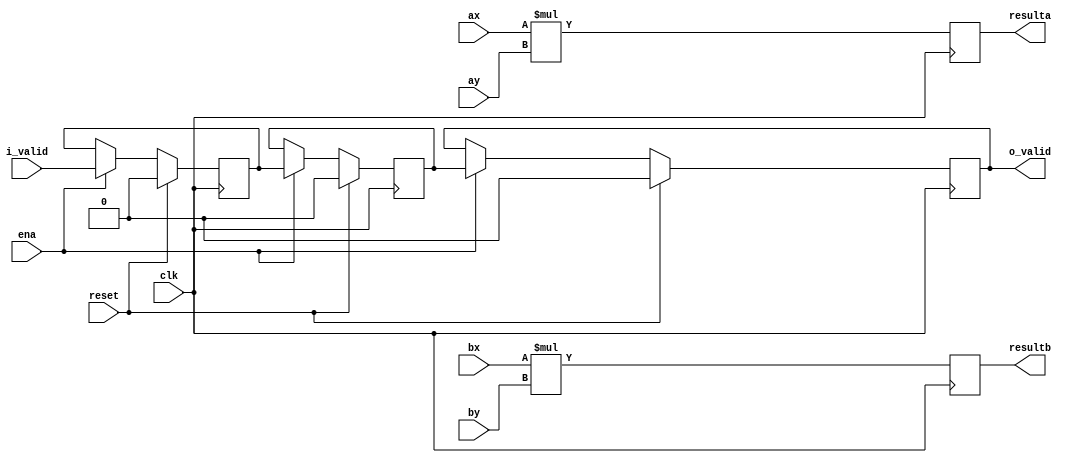
`define SIMULATION_MEMORY

module dsp_signed_mult_18x18_unit_18_36_0 (
	input clk,
	input reset,
	input ena,
	input i_valid,
	input [17:0] ax,
	input [17:0] ay,
	input [17:0] bx,
	input [17:0] by,
	output o_valid,
	output [35:0] resulta,
	output [35:0] resultb 
);

reg [35:0] reg_resa, reg_resb;
always @(posedge clk) begin
	reg_resa <= ax * ay;
	reg_resb <= bx * by;
end
assign resulta = reg_resa;
assign resultb = reg_resb;
reg input_valid, result_valid, output_valid;
always @ (posedge clk) begin
	if (reset) begin
		output_valid <= 1'b0;
		input_valid <= 1'b0;
		result_valid <= 1'b0;
	end else if (ena) begin
		input_valid <= i_valid;
		result_valid <= input_valid;
		output_valid <= result_valid;
	end
end
assign o_valid = output_valid;

endmodule